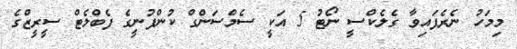
މިމަހު ނެރެފައިވާ ގެލެކްސީ ނޯޓު 5 އަކީ ސެމްސަންގް ކުންފުނީގެ ފެބްލެޓް ސީރީޒްގެ